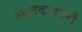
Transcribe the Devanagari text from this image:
आल्कनबरी